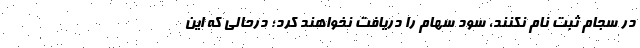
در سجام ثبت نام نکنند، سود سهام را دریافت نخواهند کرد؛ درحالی که این